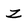
Character: Z